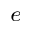
_ e